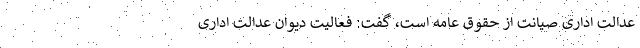
عدالت اداری صیانت از حقوق عامه است، گفت: فعالیت دیوان عدالت اداری